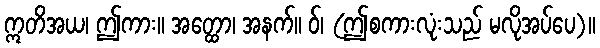
ဣတိအယ၊ ဤကား။ အတ္ထော၊ အနက်။ ဝ်၊ (ဤစကားလုံးသည် မလိုအပ်ပေ)။